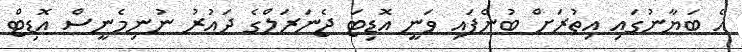
އެ ބަޔާނުގައި އިތުރަށް ބުނެފައި ވަނީ އޮޑިޓަ ޖެެނަރަލްގެ ދައުރު ނުނިމެނީސް އޮޑިޓް